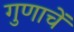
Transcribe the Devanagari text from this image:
गुणाचें